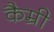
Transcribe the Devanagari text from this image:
कैम्री